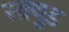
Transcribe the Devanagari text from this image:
स्क्र्युड